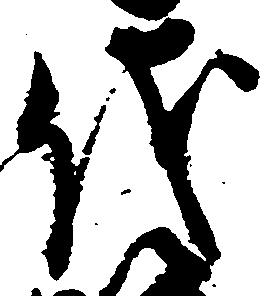
儀